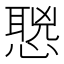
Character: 𰒌